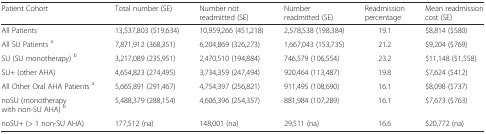
<table><thead><tr><td><b>Patient Cohort</b></td><td><b>Total number (SE)</b></td><td><b>Number not readmitted (SE)</b></td><td><b>Number readmitted (SE)</b></td><td><b>Readmission percentage</b></td><td><b>Mean readmission cost (SE)</b></td></tr></thead><tbody><tr><td>All Patients</td><td>13,537,803 (519,634)</td><td>10,959,266 (451,218)</td><td>2,578,538 (198,384)</td><td>19.1</td><td>$8,814 ($580)</td></tr><tr><td>All SU Patients <sup>a</sup></td><td>7,871,912 (368,351)</td><td>6,204,869 (326,273)</td><td>1,667,043 (153,735)</td><td>21.2</td><td>$9,204 ($769)</td></tr><tr><td>SU (SU monotherapy) <sup>b</sup></td><td>3,217,089 (235,951)</td><td>2,470,510 (194,884)</td><td>746,579 (106,554)</td><td>23.2</td><td>$11,148 ($1,558)</td></tr><tr><td>SU+ (other AHA)</td><td>4,654,823 (274,495)</td><td>3,734,359 (247,494)</td><td>920,464 (113,487)</td><td>19.8</td><td>$7,624 ($412)</td></tr><tr><td>All Other Oral AHA Patients <sup>a</sup></td><td>5,665,891 (291,467)</td><td>4,754,397 (256,821)</td><td>911,495 (108,690)</td><td>16.1</td><td>$8,098 ($737)</td></tr><tr><td>noSU (monotherapy with non-SU AHA) <sup>b</sup></td><td>5,488,379 (288,154)</td><td>4,606,396 (254,357)</td><td>881,984 (107,289)</td><td>16.1</td><td>$7,673 ($763)</td></tr><tr><td>noSU+ (&gt; 1 non-SU AHA)</td><td>177,512 (na)</td><td>148,001 (na)</td><td>29,511 (na)</td><td>16.6</td><td>$20,772 (na)</td></tr></tbody></table>